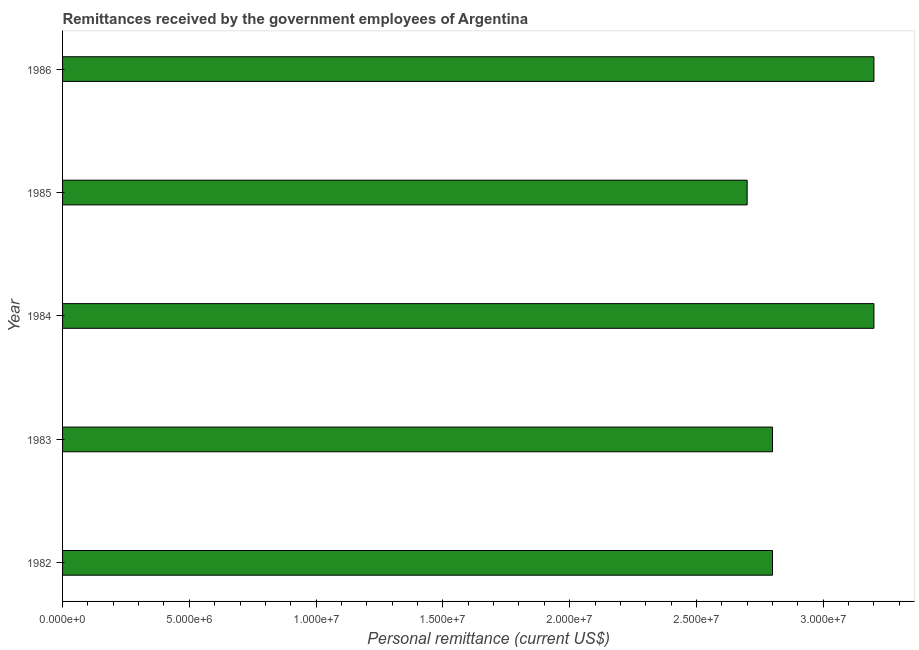
| Year | Personal remittances |
 | --- | --- |
 | 1982 | 2.8e+07 |
 | 1983 | 2.8e+07 |
 | 1984 | 3.2e+07 |
 | 1985 | 2.7e+07 |
 | 1986 | 3.2e+07 |